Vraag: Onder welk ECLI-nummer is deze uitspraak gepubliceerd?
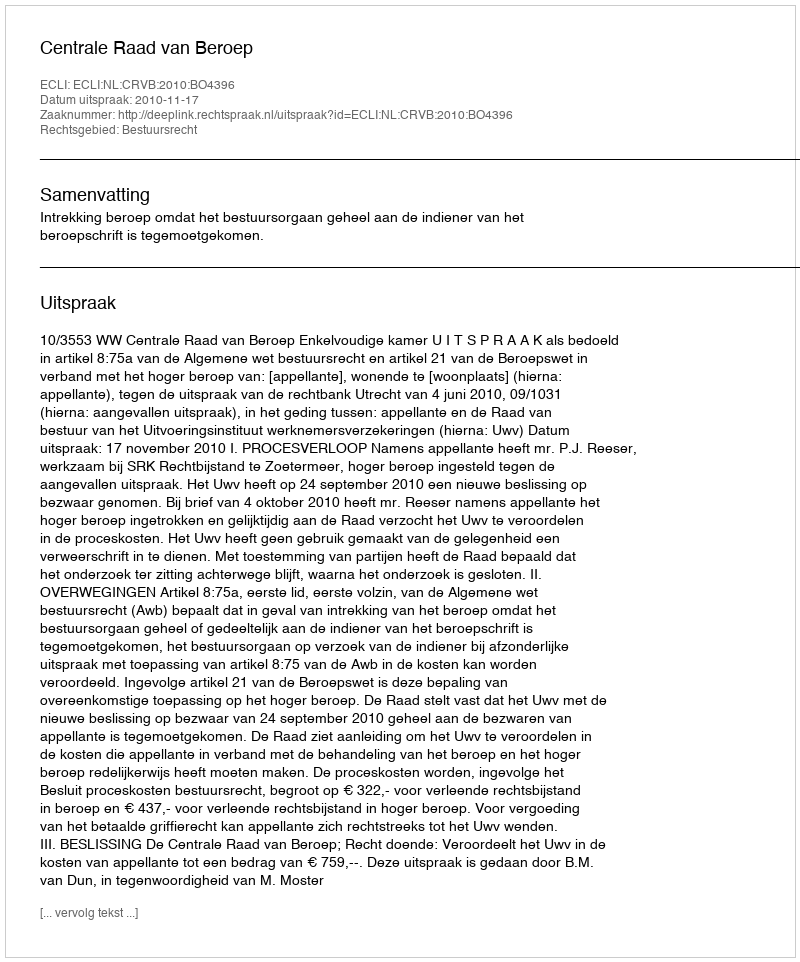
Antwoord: ECLI:NL:CRVB:2010:BO4396